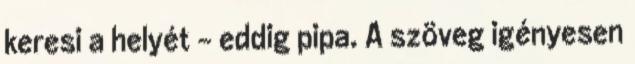
keresi a helyét - eddig pipa. A szöveg igényesen